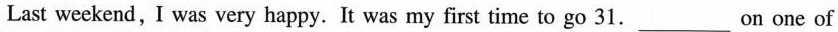
Last weekend, I was very happy. It was my first time to go 31.___On one of